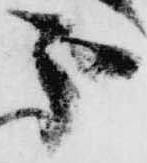
分